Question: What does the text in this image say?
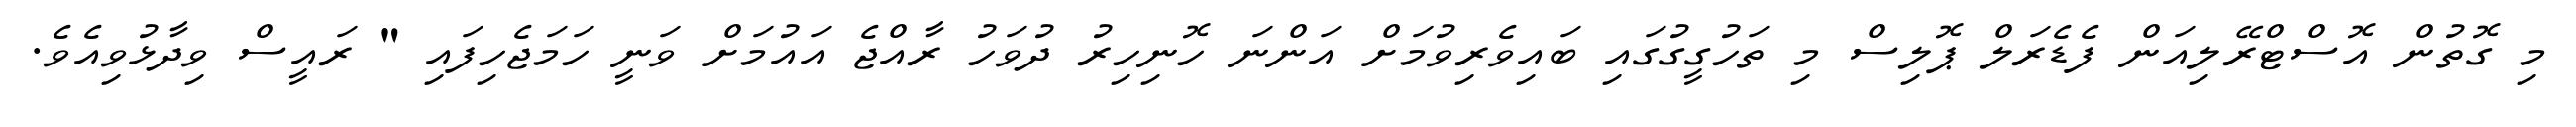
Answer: މި ގޮތުން އޮސްޓްރޭލިއަން ފެޑެރަލް ޕޮލިސް މި ތަހުގީގުގައި ބައިވެރިވުމަށް އަންނަ ހޮނިހިރު ދުވަހު ރާއްޖެ އައުމަށް ވަނީ ހަމަޖެހިފައި " ރައީސް ވިދާޅުވިއެވެ.